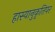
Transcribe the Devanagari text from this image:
हास्यानुकृतिपर